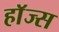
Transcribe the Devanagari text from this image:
हाॅज्स